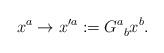
LaTeX: \begin{align*}x^a \rightarrow x'^a := G^{a}_{\;\;b}x^b.\end{align*}